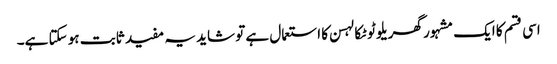
اسی قسم کا ایک مشہور گھریلو ٹوٹکا لہسن کا استعمال ہے تو شاید یہ مفید ثابت ہو سکتا ہے۔